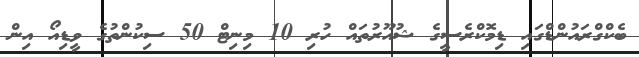
ބެކްގްރައުންޑްގައި ޑިމޮކްރެސީގެ ޝުއޫރުތައް ހުރި 10 މިނިޓް 50 ސިކުންތުގެ ވީޑިއޯ އިން